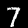
Label: 7